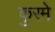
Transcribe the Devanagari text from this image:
कुरमे